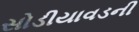
સોડીયાવડની